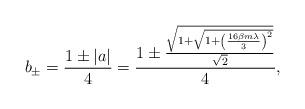
LaTeX: \begin{align*}b_{\pm}=\frac{1\pm |a|}{4}=\frac{1\pm \frac{\sqrt{1+\sqrt{1+\left(\frac{16\beta m \lambda}{3}\right)^{2}}}}{\sqrt{2}}}{4},\end{align*}